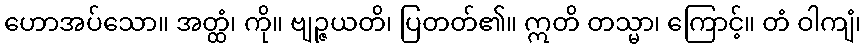
ဟောအပ်သော။ အတ္ထံ၊ ကို။ ဗျဉ္ဇယတိ၊ ပြတတ်၏။ ဣတိ တသ္မာ၊ ကြောင့်။ တံ ဝါကျံ၊